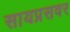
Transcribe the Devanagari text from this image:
सायप्रसवर